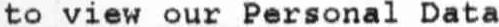
TO VIEW OUR PERSONAL DATA